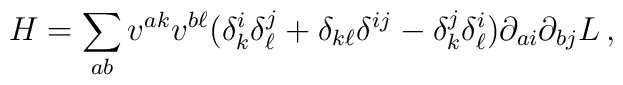
H =\sum_{a b}v^{ak}v^{b\ell}(\delta^i_{k}\delta^j_{\ell}+\delta_{k\ell}\delta^{ij}-\delta^j_{k}\delta^i_{\ell})\partial_{ai}\partial_{bj}L \, ,